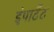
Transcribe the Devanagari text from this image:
इंपाटेंट